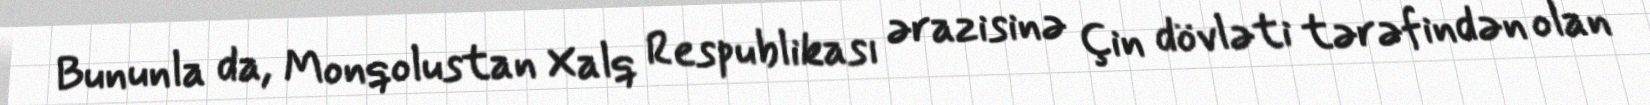
Bununla da, Monqolustan Xalq Respublikası ərazisinə Çin dövləti tərəfindən olan